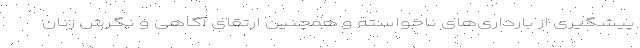
پیشگیری از بارداری‌های ناخواسته و همچنین ارتقای آگاهی و نگرش زنان